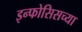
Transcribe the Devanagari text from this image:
इन्फोसिसच्या